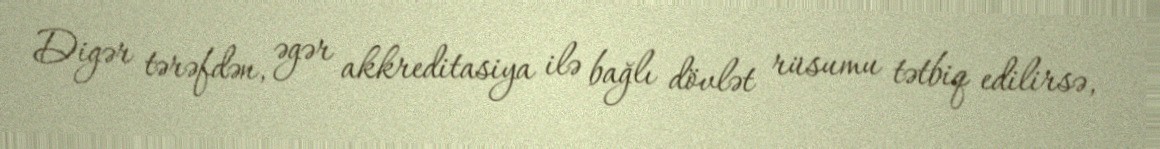
Digər tərəfdən, əgər akkreditasiya ilə bağlı dövlət rüsumu tətbiq edilirsə,